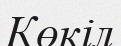
Көкіл